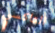
التاكسي